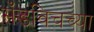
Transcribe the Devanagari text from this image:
सँडविचच्या